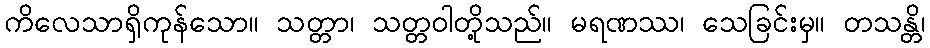
ကိလေသာရှိကုန်သော။ သတ္တာ၊ သတ္တဝါတို့သည်။ မရဏဿ၊ သေခြင်းမှ။ တသန္တိ၊